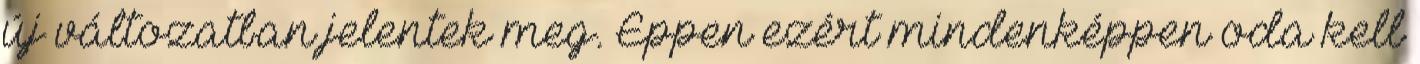
új változatban jelentek meg. Éppen ezért mindenképpen oda kell